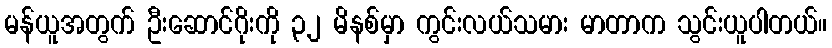
မန်ယူအတွက် ဦးဆောင်ဂိုးကို ၃၂ မိနစ်မှာ ကွင်းလယ်သမား မာတာက သွင်းယူပါတယ်။